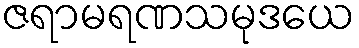
ဇရာမရဏသမုဒယေ